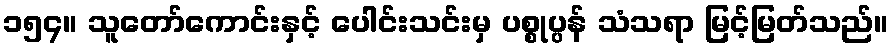
၁၅၄။ သူတော်ကောင်းနှင့် ပေါင်းသင်းမှ ပစ္စုပ္ပန် သံသရာ မြင့်မြတ်သည်။